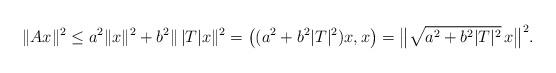
LaTeX: \begin{align*}\|Ax\|^2 \le a^2 \|x\|^2 + b^2 \|\, |T| x\|^2 = \big( (a^2 + b^2 |T|^2) x,x \big) = \big\| \sqrt{a^2 + b^2 |T|^2} \,x \big\|^2.\end{align*}